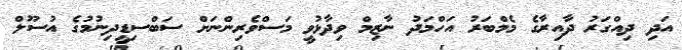
އަދި ދިއްގަރު ދާއިރާގެ މެމްބަރު އަހްމަދު ނާޒިމް ވިދާޅުވީ މަސްވެރިންނަށް ސަބްސިޑީދިނުމުގެ އުސޫލް